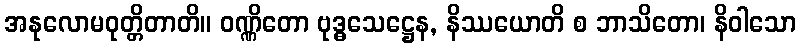
အနုလောမဝုတ္တိတာတိ။ ဝဏ္ဏိတော ဗုဒ္ဓသေဋ္ဌေန, နိဿယောတိ စ ဘာသိတော၊ နိဝါသော